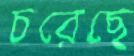
চরেছে